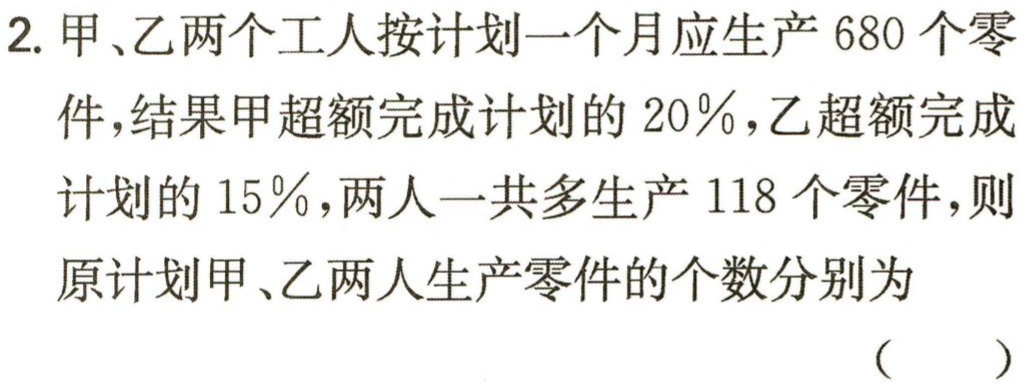
2. 甲、乙两个工人按计划一个月应生产 680 个零件，结果甲超额完成计划的 20％，乙超额完成计划的 15％，两人一共多生产 118 个零件，则原计划甲、乙两人生产零件的个数分别为 （  ）